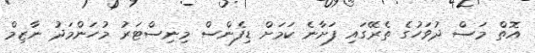
އޮތް މަސް ދުވަހުގެ ތެރޭގައި ފަށާނެ ކަމަށް ޑިފެންސް މިނިސްޓަރު މުހަންމަދު ނާޒިމް